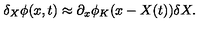
\delta _ { X } \phi ( x , t ) \approx \partial _ { x } \phi _ { K } ( x - X ( t ) ) \delta X .